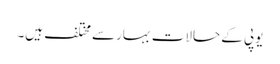
یوپی کے حالات بہارسے مختلف ہیں۔